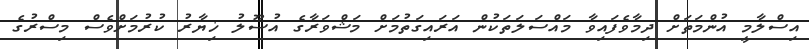
އިސްލާމީ އުންމަތަށް ދިމާވެފައިވާ މައްސަލަތަކުން އަރައިގަތުމަށް މަޝްވަރާގެ އުސޫލު ޚިޔާރު ކުރުމަށްވެސް މިސްރުގެ